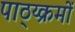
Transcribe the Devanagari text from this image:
पाठ्य्क्रमों